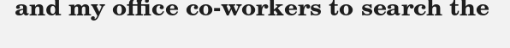
and my office co-workers to search the